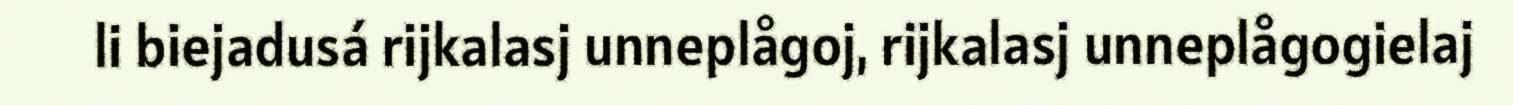
li biejadusá rijkalasj unneplågoj, rijkalasj unneplågogielaj